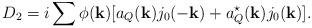
LaTeX: \begin{align*}D_2 = i\sum{}\phi({\bf k})[a_Q({\bf k})j_0(-{\bf k}) +a_Q^\star({\bf k})j_0({\bf k})].\end{align*}